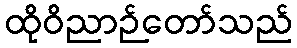
ထိုဝိညာဉ်တော်သည်